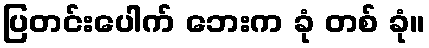
ပြတင်းပေါက် ဘေးက ခုံ တစ် ခုံ။